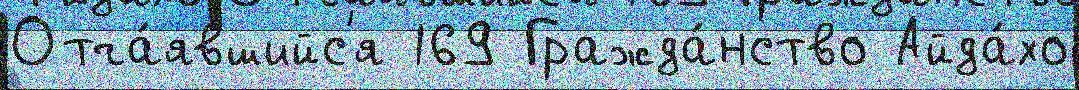
Отча́явшийс'я 169 Гражда́нство Айда́хо